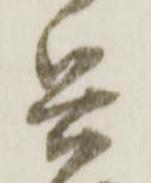
兵